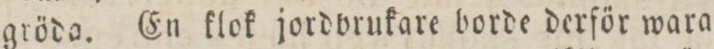
gröda. En klok jordvrukare borde derför wara